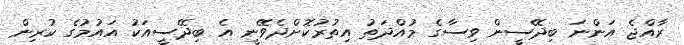
ރާއްޖެ އަންނަ ބިދޭސީން ވިސާގެ މުއްދަތު އިތުރުކޮށްދެވޭނީ އެ ބިދޭސީއަކު އައުމުގެ ކުރިން